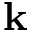
\mathbf { k }